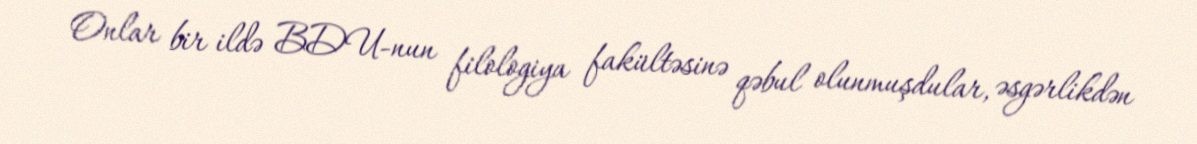
Onlar bir ildə BDU-nun filologiya fakültəsinə qəbul olunmuşdular, əsgərlikdən